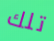
تلك